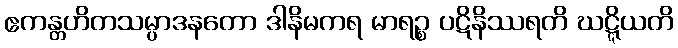
ဧကန္တဟိတသမ္ပာဒနတော ဒါနိမကရ မာရဉ္စ ပဋိနိဿရတိ ဃဋ္ဋိယတိ